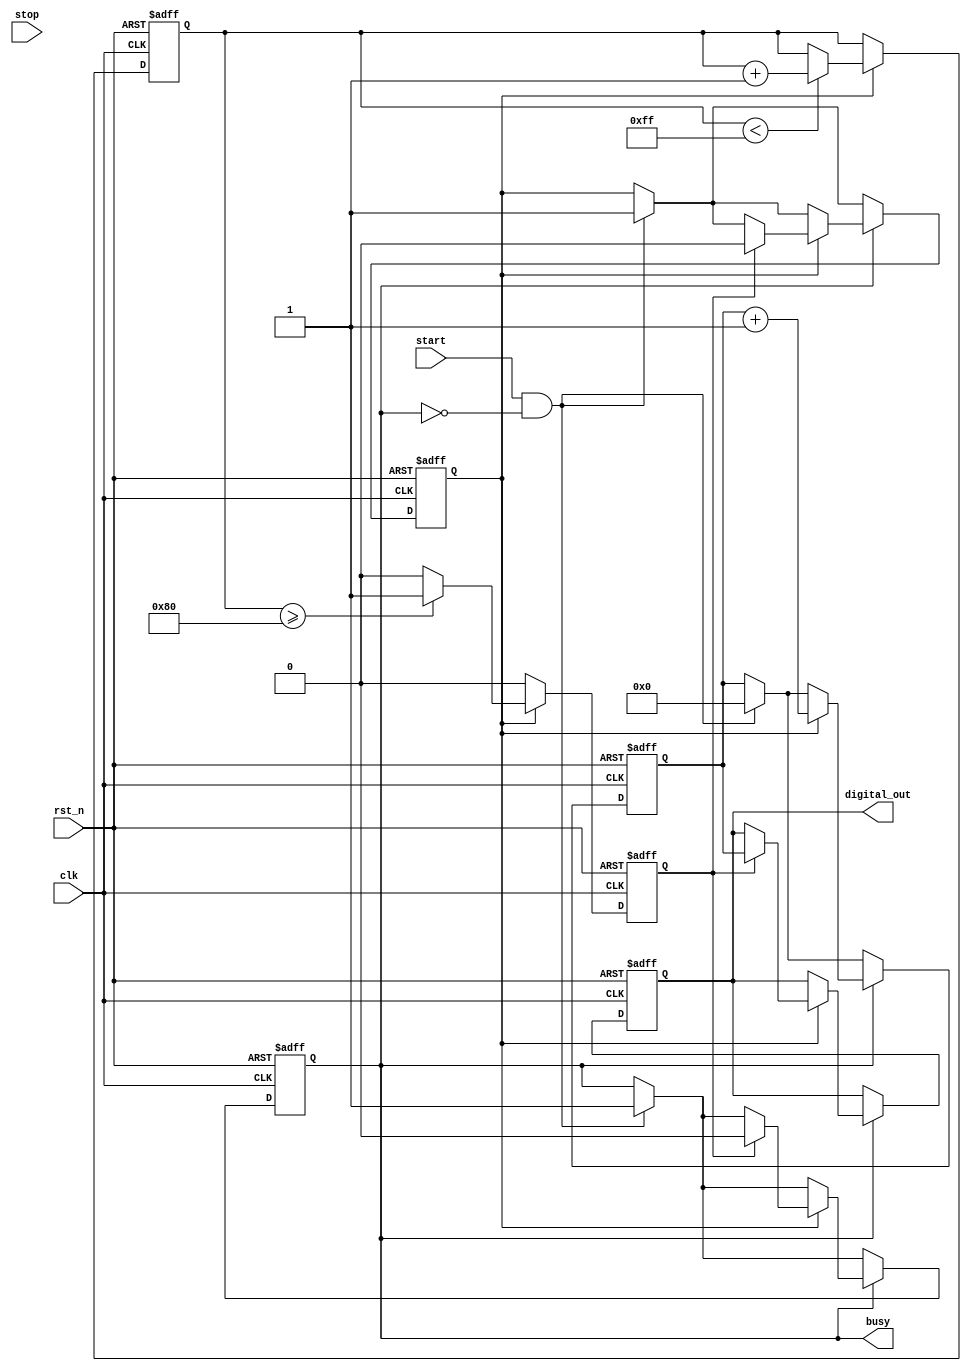
module TDC (
    input wire clk,            // System Clock
    input wire rst_n,         // Active low reset
    input wire start,         // Start signal
    input wire stop,          // Stop signal
    output reg [15:0] digital_out, // Output register for measured time
    output reg busy           // Indicates TDC is currently measuring
);

    reg [15:0] counter;       // Counter for time measurement
    reg ramping;              // Ramp state indicator
    reg [7:0] ramp_voltage;   // Simulated ramp voltage (8-bit for simplicity)
    reg comparator_out;       // Comparator output

    // Voltage Ramp Generator (simplified)
    always @(posedge clk or negedge rst_n) begin
        if (!rst_n) begin
            ramp_voltage <= 0;
        end else if (ramping) begin
            if (ramp_voltage < 255) // Assuming 8-bit ramping voltage
                ramp_voltage <= ramp_voltage + 1; // Increment ramp voltage
        end
    end

    // Comparator Logic
    always @(posedge clk or negedge rst_n) begin
        if (!rst_n) begin
            comparator_out <= 0;
        end else if (ramping) begin
            comparator_out <= (ramp_voltage >= 128) ? 1 : 0; // Example reference voltage
        end else begin
            comparator_out <= 0;
        end
    end

    // Time Measurement Logic
    always @(posedge clk or negedge rst_n) begin
        if (!rst_n) begin
            counter <= 0;
            busy <= 0;
            digital_out <= 0;
            ramping <= 0;
        end else begin
            if (start && !busy) begin
                busy <= 1;            // Start measuring
                counter <= 0;        // Reset counter
                ramping <= 1;        // Start ramping
            end
            
            if (busy) begin
                if (ramping) begin
                    counter <= counter + 1; // Increment counter for each clock tick
                    if (comparator_out) begin
                        ramping <= 0;      // Stop ramping when comparator is triggered
                        digital_out <= counter; // Capture the counter value
                        busy <= 0;          // Stop measuring
                    end
                end
            end
        end
    end
endmodule